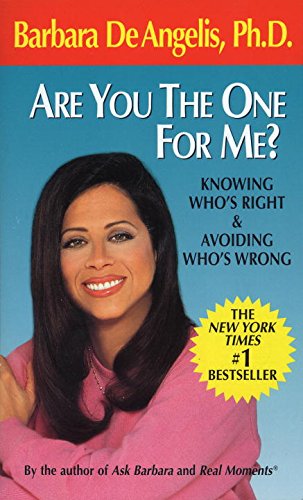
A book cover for Are You the One for Me?: Knowing Who's Right and Avoiding Who's Wrong; Barbara De Angelis; Self-Help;